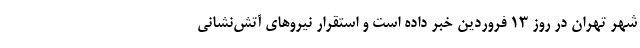
شهر تهران در روز ۱۳ فروردین خبر داده است و استقرار نیروهای آتش‌نشانی